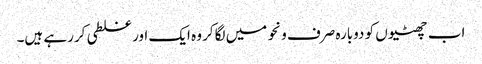
اب چھٹیوں کو دوبارہ صرف ونحو میں لگاکر وہ ایک اور غلطی کررہے ہیں۔